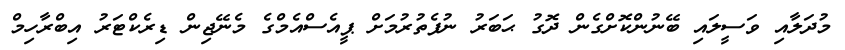
މުދަލާއި ވަސީލައި ބޭނުންކޮށްގެން ދޮގު ޙަބަރު ނުފެތުރުމަށް ޕީއެސްއެމްގެ މެނޭޖިން ޑިރެކްޓަރު އިބްރާހިމް